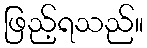
ဖြည့်ရသည်။